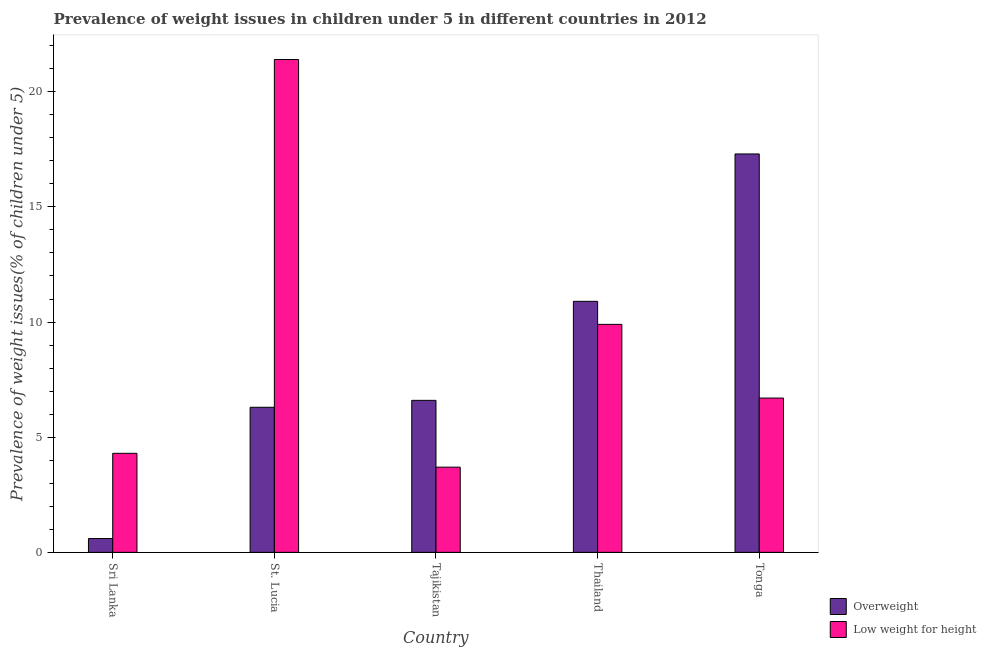
| Country | Overweight | Low weight for height |
 | --- | --- | --- |
 | Sri Lanka | 0.6 | 4.3 |
 | St. Lucia | 6.3 | 21.4 |
 | Tajikistan | 6.6 | 3.7 |
 | Thailand | 10.9 | 9.9 |
 | Tonga | 17.3 | 6.7 |